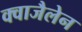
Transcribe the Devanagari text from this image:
क्वाजैलेन